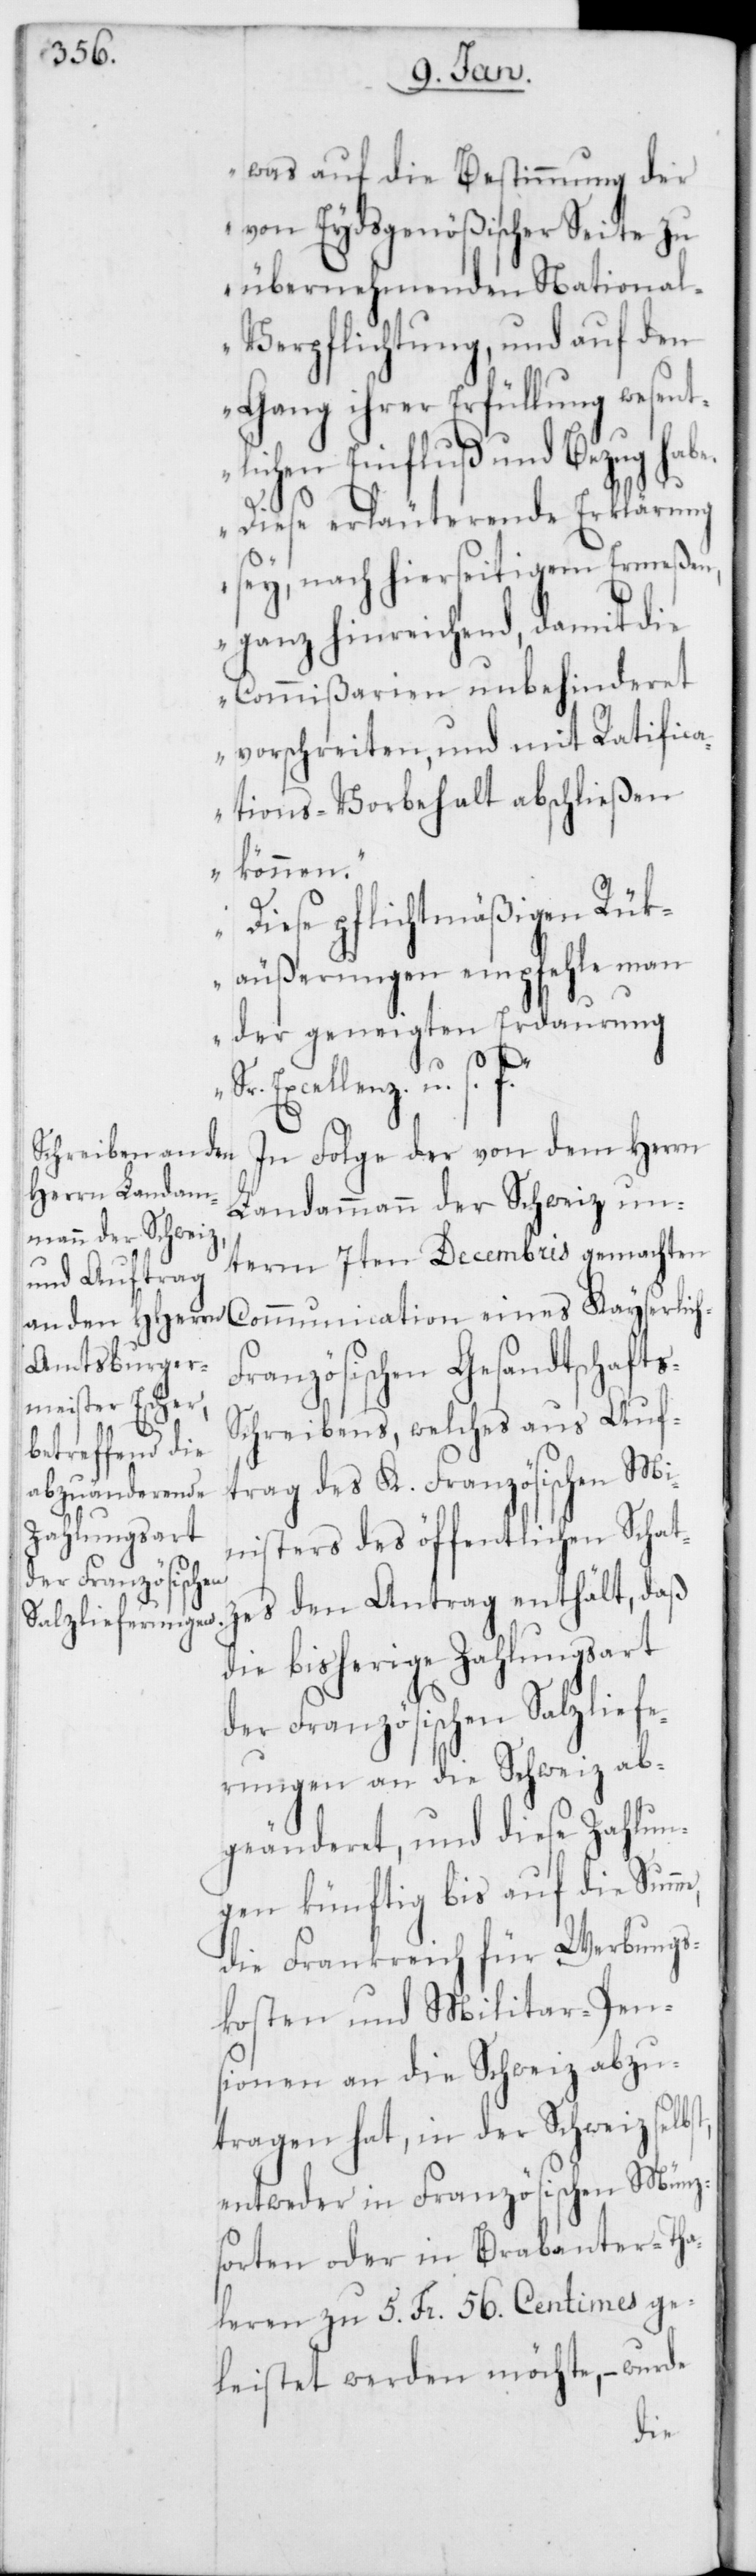
was auf die Bestimmung der
von Eydsgenößischer Seite zu
übernehmenden Nationa¬
l-Verpflichtung, und auf den
Gang ihrer Erfüllung wesent¬
lichen Einfluß und Bezug hab¬
Diese erläuterende Erklärung
sey, nach hierseitigem Ermeßen,
ganz hinreichend, damit die
Commißarien unbehinderet
vorschreiten, und mit Ratifica¬
tions-Vorbehalt abschließen
können.
Diese pflichtmäßigen Rük¬
äußerungen empfehle man
der geneigten Erdaurung
st,
Kayserlich-F¬
In Folge der von dem Herrn
Landammann der Schweiz un¬
term 7ten Decembris gemachten
ranzösischen Gesandtschaft¬
chreibens, welches aus Auf¬
trag des K. Französischen Mi¬
nisters des öffentlichen Schat¬
zes den Antrag enthält, daß
die bisherige Zahlungsart
der Französischen Salzliefe¬
rungen an die Schweiz ab¬
geänderet, und diese Zahlun¬
gen künftig bis auf die Summ¬
die Frankreich für Werbungs¬
kosten und Militar-Pen¬
sionen an die Schweiz abzu¬
tragen hat, in der Schweiz selb¬
entweder in Französischen Münz¬
sorten oder in Brabanter-Tha¬
leren zu 5. Fr. 56. Centimes ge¬
leistet werden möchte, – wurde